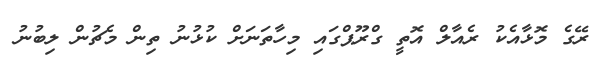
ރޭގެ މޮޅާއެކު ރެއާލް އޮތީ ގްރޫޕްގައި މިހާތަނަށް ކުޅުނު ތިން މެޗުން ލިބުނު